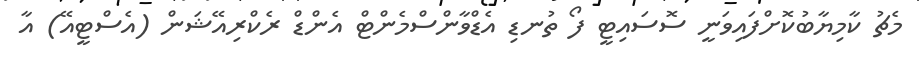
މެޗު ކާމިޔާބުކޮށްފައިވަނީ ސޮސައިޓީ ފޯ ތުނޑި އެޑްވާންސްމެންޓް އެންޑް ރެކްރިއޭޝަން (އެސްޓީއޭ) އާ